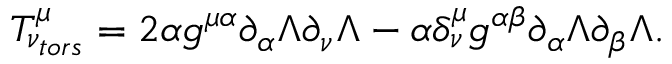
{ \cal T } _ { \nu _ { t o r s } } ^ { \mu } = 2 \alpha g ^ { \mu \alpha } \partial _ { \alpha } \Lambda \partial _ { \nu } \Lambda - \alpha \delta _ { \nu } ^ { \mu } g ^ { \alpha \beta } \partial _ { \alpha } \Lambda \partial _ { \beta } \Lambda .